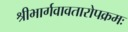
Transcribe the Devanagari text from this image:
श्रीभार्गवावतारोपक्रमः